Report of the King Institute of Preventive Medicine, Guindy
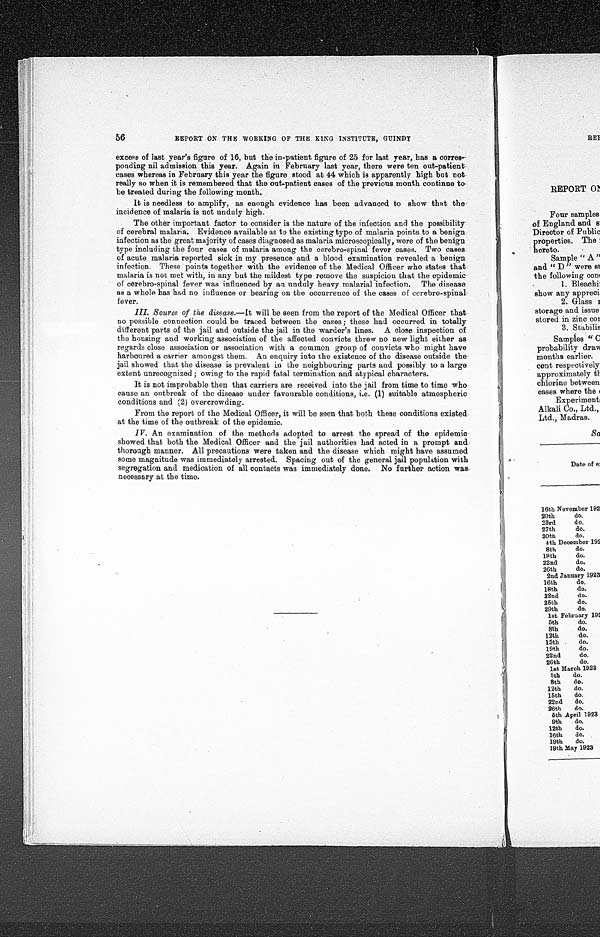
56
REPORT ON THE WORKING OF THE KING INSTITUTE, GUINDY
excess of last year's figure of 16, but the in-patient figure of 25 for last year, has a corres
-
ponding nil admission this year. Again in February last year, there were ten out-patient
cases whereas in February this year the figure stood at 44 which is apparently high but not
really so when it is remembered that the out-patient cases of the previous month continue to
be treated during the following month.
It is needless to amplify, as enough evidence has been advanced to show that the
incidence of malaria is not unduly high.
The other important factor to consider is the nature of the infection and the possibility
of cerebral malaria. Evidence available as to the existing type of malaria points to a benign
infection as the great majority of cases diagnosed as malaria microscopically, were of the benign
type including the four cases of malaria among the cerebro-spinal fever cases. Two cases
of acute malaria reported sick in my presence and a blood examination revealed a benign
infection. These points together with the evidence of the Medical Officer who states that
malaria is not met with, in any but the mildest type remove the suspicion that the epidemic
of cerebro-spinal fever was influenced by an unduly heavy malarial infection. The disease
as a whole has had no influence or bearing on the occurrence of the cases of cerebro-spinal
fever.
III. Source of the disease.— It will be seen from the report of the Medical Officer that
no possible connection could be traced between the cases ; these had occurred in totally
different parts of the jail and outside the jail in the warder's lines. A close inspection of
the housing and working association of the affected convicts threw no new light either as
regards close association or association with a common group of convicts who might have
harboured a carrier amongst them. An enquiry into the existence of the disease outside the
jail showed that the disease is prevalent in the neighbouring parts and possibly to a large
extent unrecognized ; owing to the rapid fatal termination and atypical characters.
It is not improbable then that carriers are received into the jail from time to time who
cause an outbreak of the disease under favourable conditions, i.e. (1) suitable atmospheric
conditions and (2) overcrowding.
From the report of the Medical Officer, it will be seen that both these conditions existed
at the time of the outbreak of the epidemic.
IV.
An examination of the methods adopted to arrest the spread of the epidemic
showed that both the Medical Officer and the jail authorities had acted in a prompt and
thorough manner. All precautions were taken and the disease which might have assumed
some magnitude was immediately arrested. Spacing out of the general jail population with
segregation and medication of all contacts was immediately done. No further action was
necessary at the time.